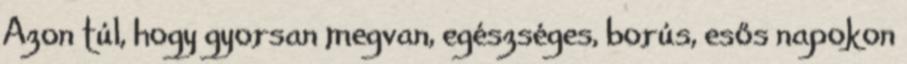
Azon túl, hogy gyorsan megvan, egészséges, borús, esős napokon